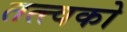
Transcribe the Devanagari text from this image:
तत्त्वको